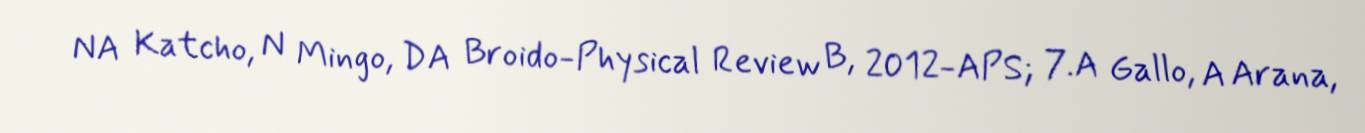
NA Katcho, N Mingo, DA Broido-Physical Review B, 2012-APS; 7.A Gallo, A Arana,